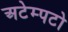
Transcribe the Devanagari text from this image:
अटेम्पटो